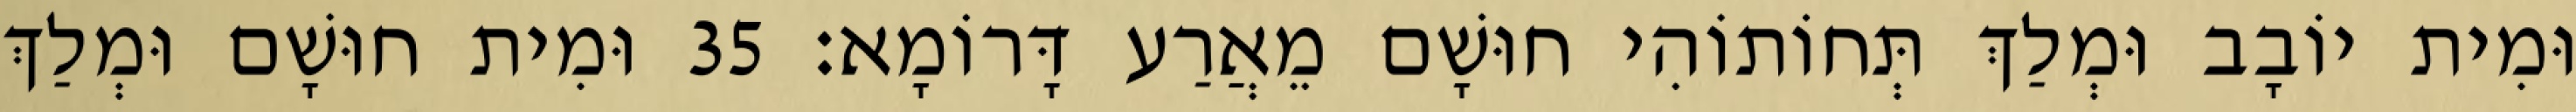
וּמִית יוֹבָב וּמְלַךְ תְּחוֹתוֹהִי חוּשָׁם מֵאֲרַע דָּרוֹמָא׃ 35 וּמִית חוּשָׁם וּמְלַךְ